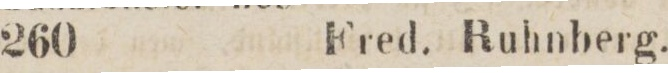
260    Fred. Ruhnberg.